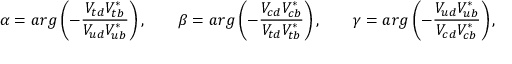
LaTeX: \alpha = a r g \left( - \frac { V _ { t d } V _ { t b } ^ { \ast } } { V _ { u d } V _ { u b } ^ { \ast } } \right) , \qquad \beta = a r g \left( - \frac { V _ { c d } V _ { c b } ^ { \ast } } { V _ { t d } V _ { t b } ^ { \ast } } \right) , \qquad \gamma = a r g \left( - \frac { V _ { u d } V _ { u b } ^ { \ast } } { V _ { c d } V _ { c b } ^ { \ast } } \right) ,